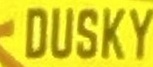
DUSKY